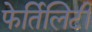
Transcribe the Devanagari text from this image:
फेर्तिलिटी